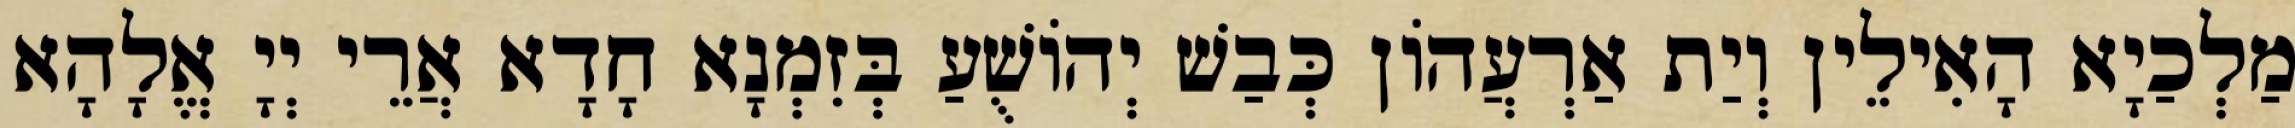
מַלְכַיָא הָאִילֵין וְיַת אַרְעֲהוֹן כְּבַשׁ יְהוֹשֻׁעַ בְּזִמְנָא חָדָא אֲרֵי יְיָ אֱלָהָא